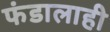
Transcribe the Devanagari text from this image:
फंडालाही